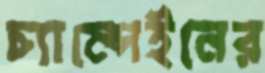
চ্যাম্পেইনের